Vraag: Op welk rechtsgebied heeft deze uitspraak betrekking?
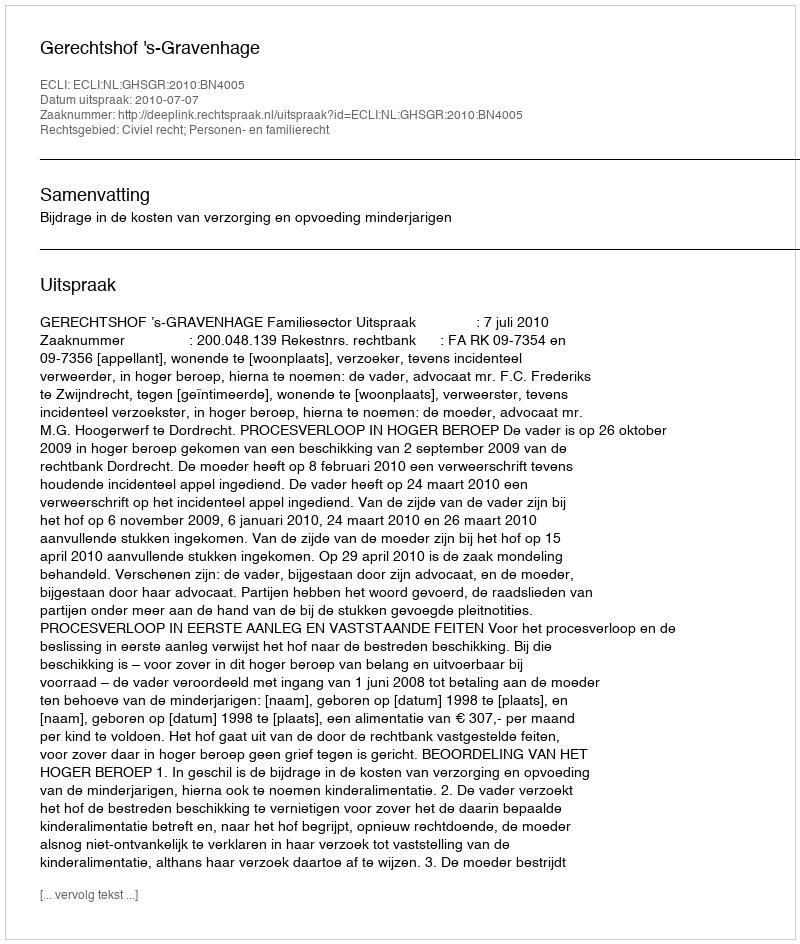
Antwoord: Civiel recht; Personen- en familierecht